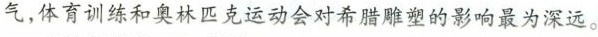
气，体育训练和奥林匹克运动会对希腊雕塑的影响最为深远。